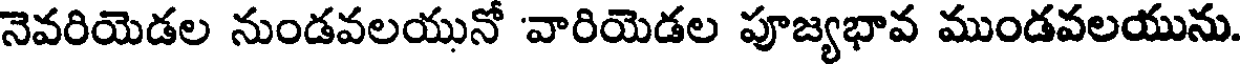
నెవరియెడల నుండవలయునో 'వారియెడల పూజ్యభావ ముండవలయును